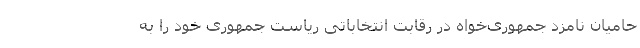
حامیان نامزد جمهوری‌خواه در رقابت انتخاباتی ریاست جمهوری خود را به